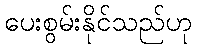
ပေးစွမ်းနိုင်သည်ဟု